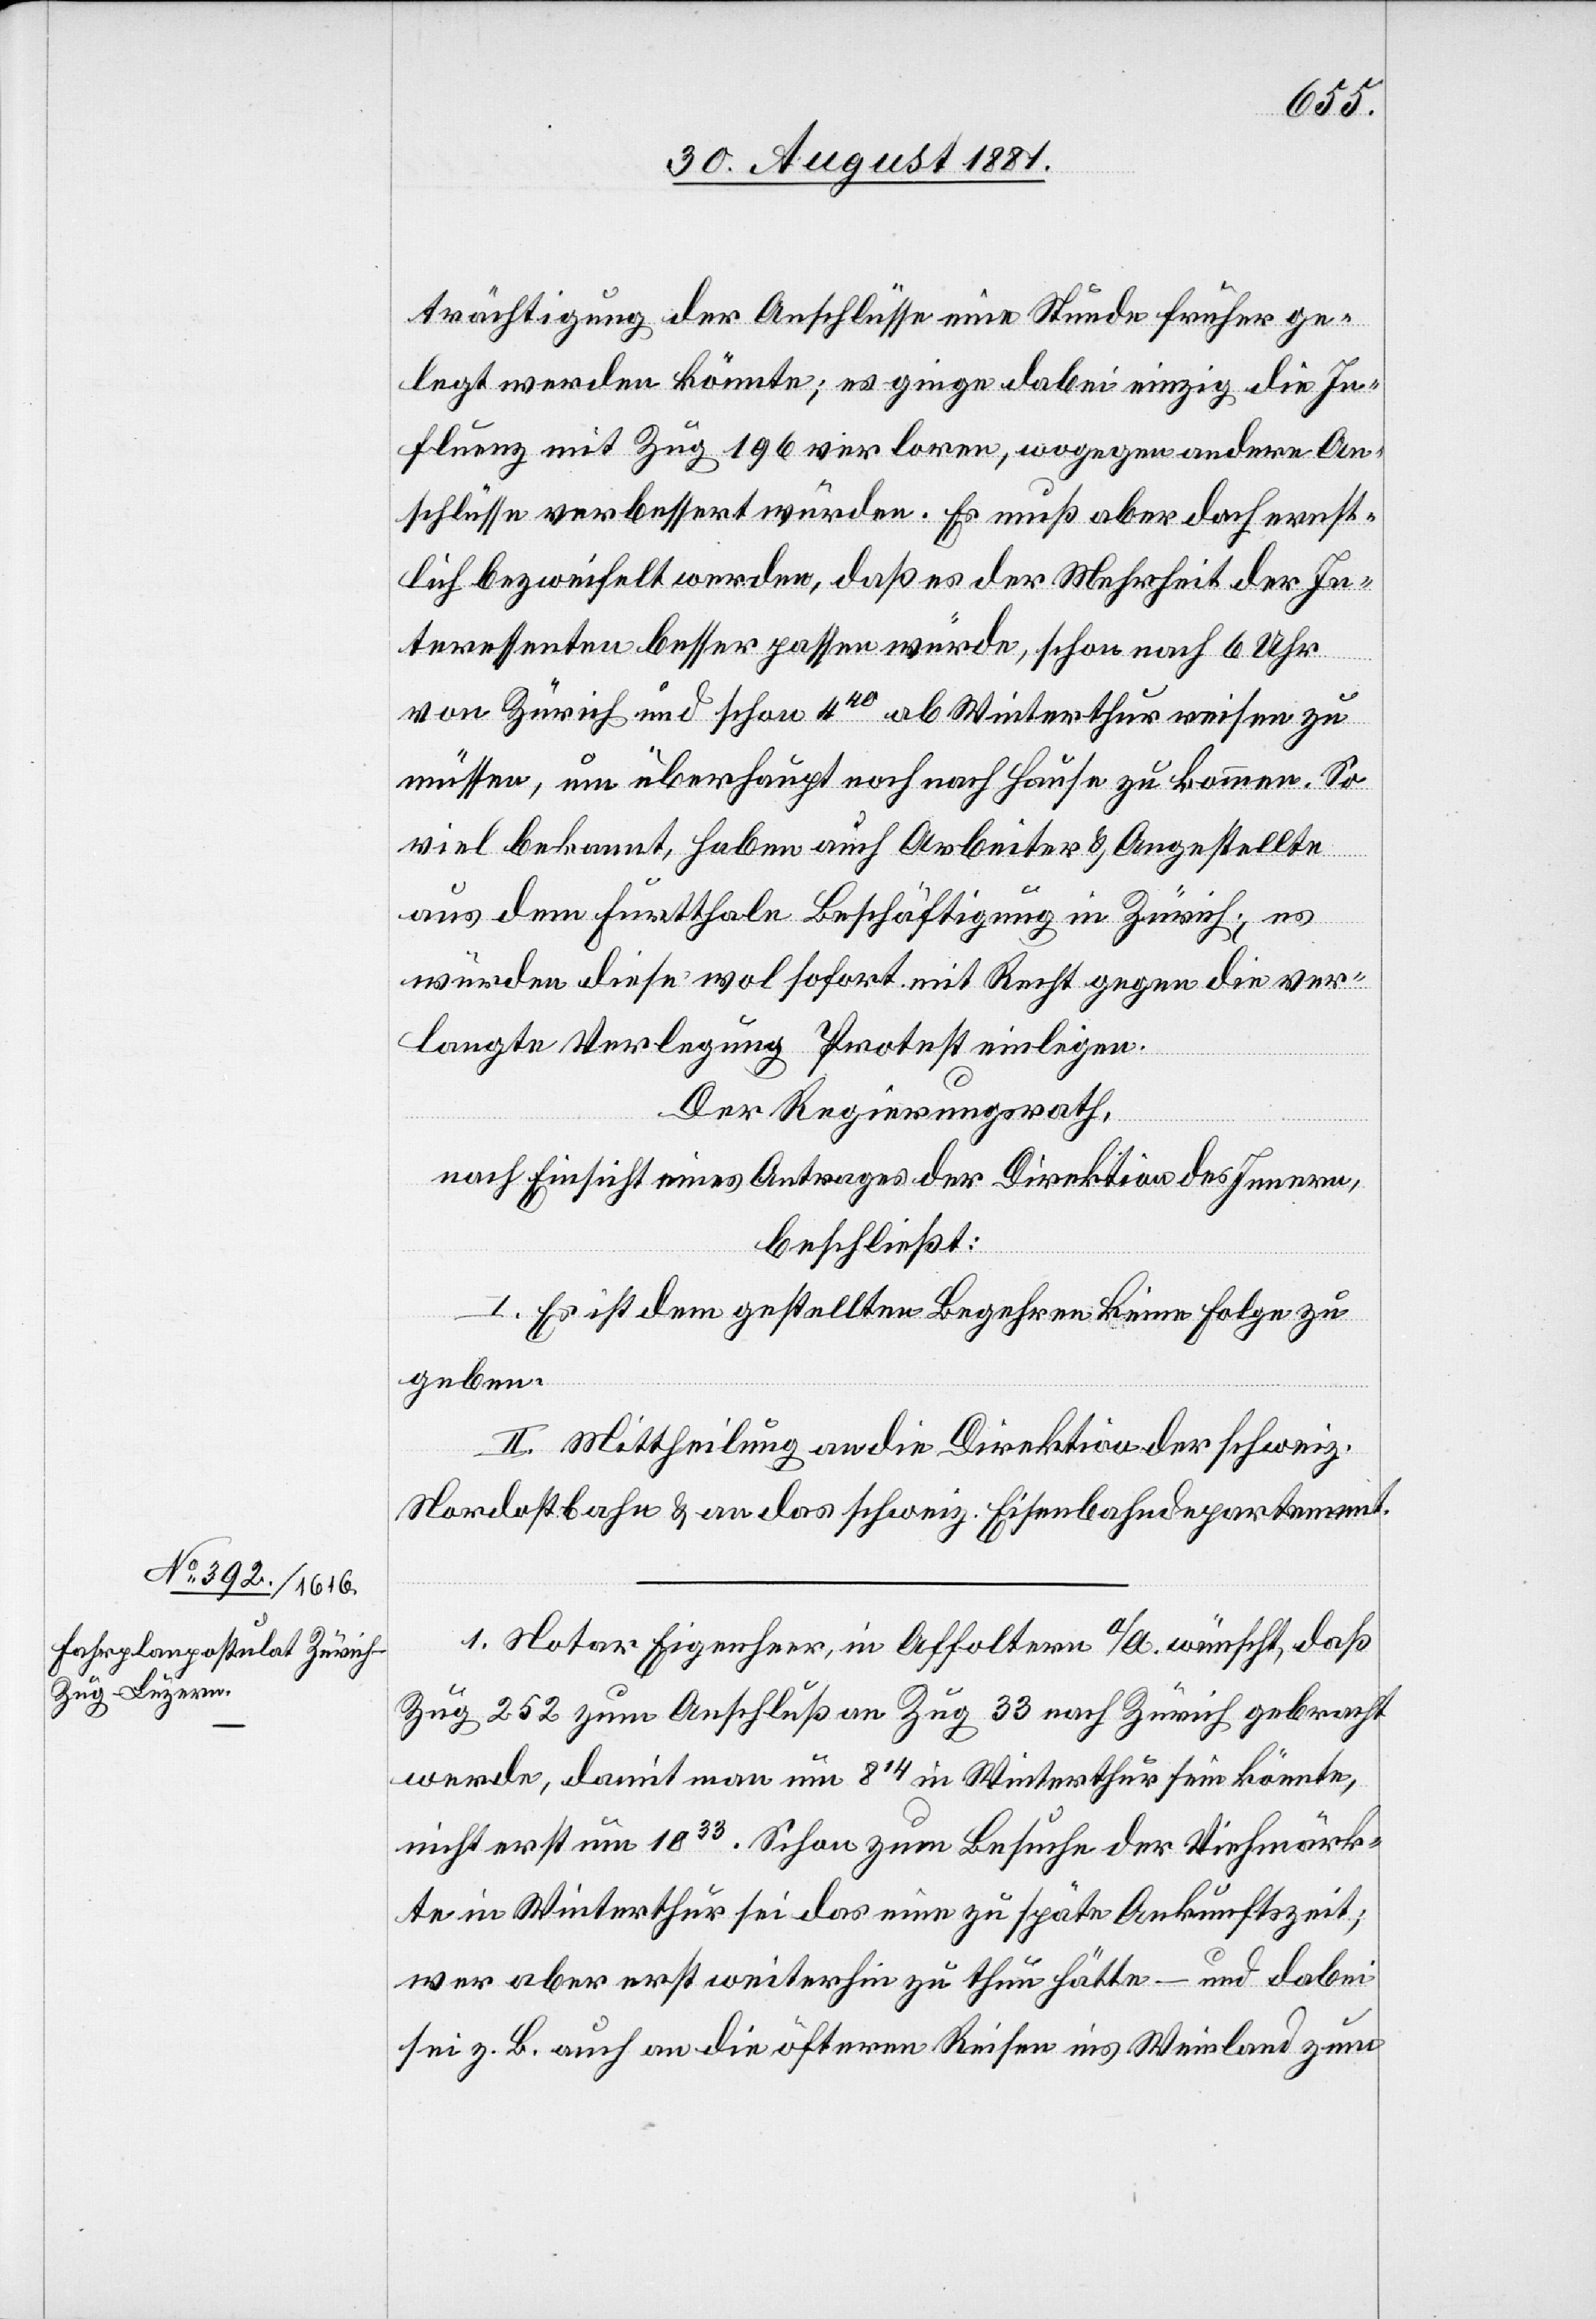
trächtigung der Anschlüsse eine Stunde früher ge¬
legt werden könnte; es ginge dabei einzig die In¬
fluenz mit Zug 196 verloren, wogegen andere An¬
schlüsse verbessert würden. Es muß aber doch ernst¬
lich bezweifelt werden, daß es der Mehrheit der In¬
teressenten besser passen würde, schon nach 6 Uhr
von Zürich und schon 440 ab Winterthur reisen zu
müssen, um überhaupt noch nach Hause zu kommen. So
viel bekannt, haben auch Arbeiter & Angestellte
aus dem Furtthale Beschäftigung in Zürich; es
würden diese wol sofort mit Recht gegen die ver¬
langte Verlegung Protest einlegen.
Der Regierungsrath,
nach Einsicht eines Antrages der Direktion des Innern,
beschließt:
I. Es ist dem gestellten Begehren keine Folge zu
geben.
II. Mittheilung an die Direktion der schweiz.
Nordostbahn & an das schweiz. Eisenbahndepartement.
1. Notar Eigenheer, in Affoltern a/a. wünscht, daß
Zug 252 zum Anschluß an Zug 33 nach Zürich gebracht
werde, damit man um 814 in Winterthur sein könnte,
nicht erst um 1033. Schon zum Besuche der Viehmärk¬
te in Winterthur sei das eine zu späte Ankunftszeit;
wer aber erst weiterhin zu thun hätte – und dabei
sei z. B. auch an die öfteren Reisen ins Weinland zum